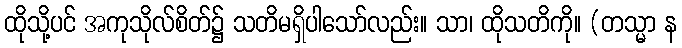
ထိုသို့ပင် အကုသိုလ်စိတ်၌ သတိမရှိပါသော်လည်း။ သာ၊ ထိုသတိကို။ (တသ္မာ န